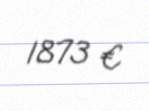
1873 €